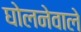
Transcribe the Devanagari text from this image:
घोलनेवाले